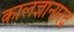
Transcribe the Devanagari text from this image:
कालज्ञानारद